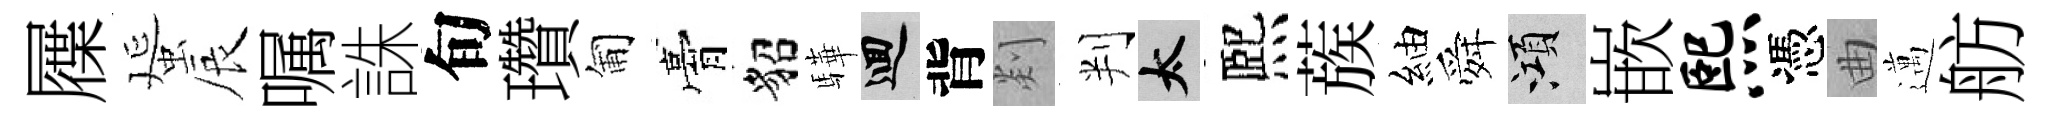
屧蜑辰嘱誅旬瓚匍膏貂驊回背剡判太熈蔟紬舜澒嵌熙憑曲邁舫